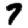
Digit: 7